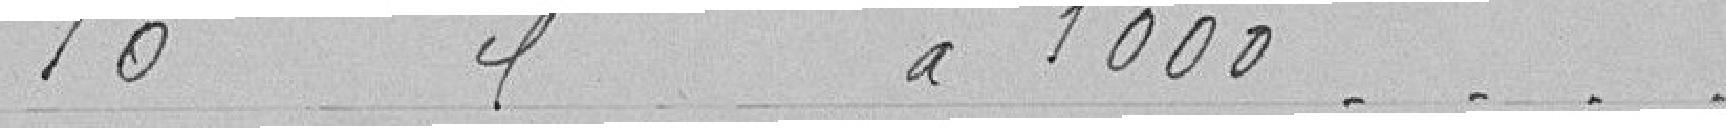
10 cantonniers à 1 000